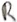
Text: R